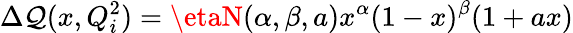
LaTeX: \Delta\mathcal{Q}(x,Q_{i}^{2})=\etaN(\alpha,\beta,a)x^{\alpha}(1-x)^{\beta}(1+ax)